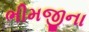
ભીમજીના